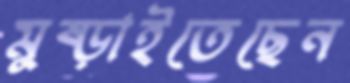
মুষ্‌ড়াইতেছেন